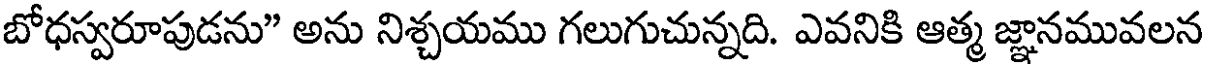
బోధస్వరూపుడను" అను నిశ్చయము గలుగుచున్నది. ఎవనికి ఆత్మ జ్ఞానమువలన